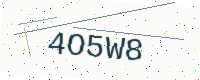
Text: 4O5W8